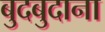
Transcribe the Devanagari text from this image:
बुदबुदाना